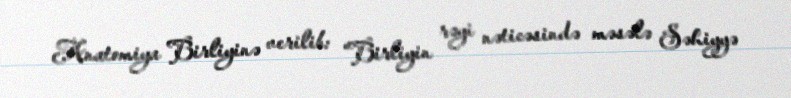
Anatomiya Birliyinə verilib: “Birliyin rəyi nəticəsində məsələ Səhiyyə